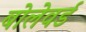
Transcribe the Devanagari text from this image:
बोलेवर्ड